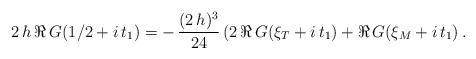
LaTeX: \begin{align*} 2\,h\,\Re\,G(1/2 + i\,t_1) = -\,\frac{(2\,h)^3}{24}\,(2\,\Re\,G(\xi_T + i\,t_1) + \Re\,G(\xi_M + i\,t_1)\,. \end{align*}